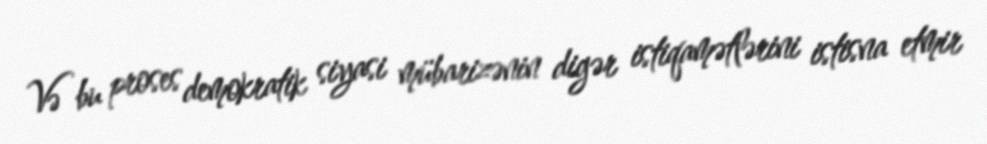
Və bu proses demokratik siyasi mübarizənin digər istiqamətlərini istisna etmir